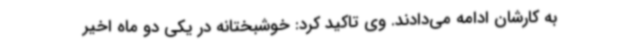
به کارشان ادامه می‌دادند. وی تاکید کرد: خوشبختانه در یکی دو ماه اخیر